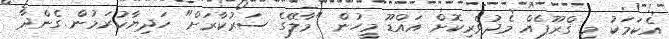
އެކަމަކު މި ގްރޫޕެއް މެދުވެރިކޮށް އައްޑޫ މީހުން "މާލޭގެ ސަރުކާރަށް" ހަދިޔާކުރަމުން ގެންދާ